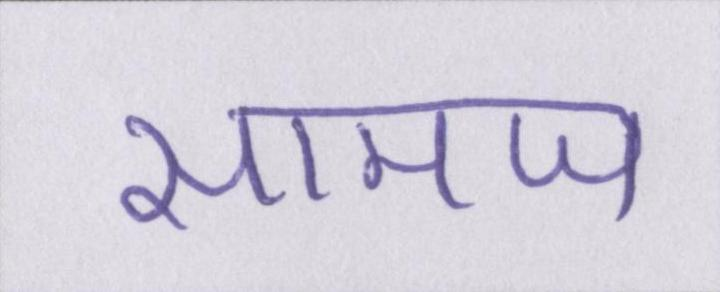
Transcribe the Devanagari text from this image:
सामज